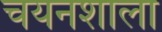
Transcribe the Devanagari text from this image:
चयनशाला